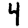
Digit: 4